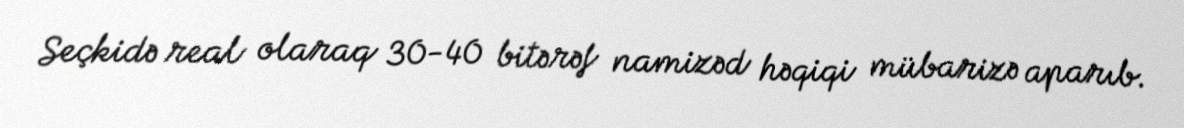
Seçkidə real olaraq 30-40 bitərəf namizəd həqiqi mübarizə aparıb.